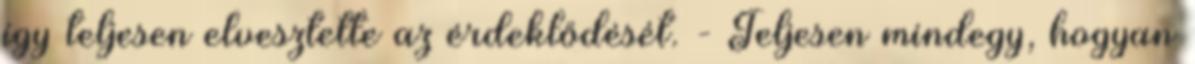
így teljesen elvesztette az érdeklődését. - Teljesen mindegy, hogyan